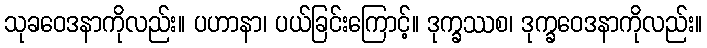
သုခဝေဒနာကိုလည်း။ ပဟာနာ၊ ပယ်ခြင်းကြောင့်။ ဒုက္ခဿစ၊ ဒုက္ခဝေဒနာကိုလည်း။